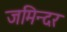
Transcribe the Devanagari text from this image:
जमिन्दर